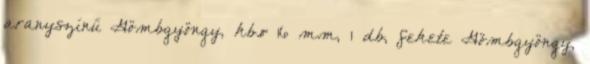
aranyszínű Gömbgyöngy, kb.ø 16 mm, 1 db, fekete Gömbgyöngy,